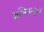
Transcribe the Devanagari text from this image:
अभिमन्युवर